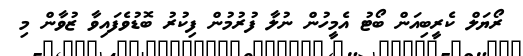
ރޯޔަލް ކެރީބިއަން ބޯޓު އެމީހުން ނުލާ ފުރުމުން ފިކުރު ބޮޑުވެފައިވާ ޒުވާން މި